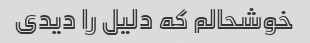
خوشحالم که دلیل را دیدی